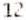
12